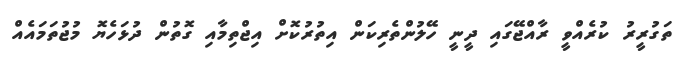
ތަގުރީރު ކުރެއްވީ ރާއްޖޭގައި ދީނީ ހޭލުންތެރިކަން އިތުރުކޮށް އިޖްތިމާއި ގޮތުން ދުޅަހެޔޮ މުޖުތަމައެއް